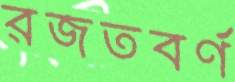
রজতবর্ণ